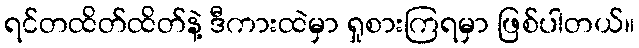
ရင်တထိတ်ထိတ်နဲ့ ဒီကားထဲမှာ ရှုစားကြရမှာ ဖြစ်ပါတယ်။